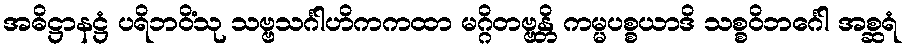
အဓိဋ္ဌာနဋ္ဌံ ပရိဘဝိံသု သဗ္ဗသင်္ဂါဟိကကထာ မဂ္ဂိတဗ္ဗန္တိ ကမ္မပစ္စယာဒိ သစ္စဝိဘင်္ဂေါ အစ္ဆရံ